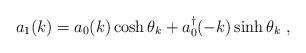
LaTeX: \begin{align*}a_1 (k) = a_0 (k) \cosh \theta_k + a_0^\dagger (-k) \sinh \theta_k \; ,\end{align*}